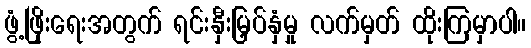
ဖွံ့ဖြိုးရေးအတွက် ရင်းနှီးမြှပ်နှံမှု လက်မှတ် ထိုးကြမှာပါ။